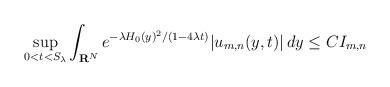
LaTeX: \begin{align*}\sup_{0< t <S_\lambda}\int_{{\bf R}^N}e^{-\lambda H_0(y)^2/(1-4\lambda t )}|u_{m,n}(y, t )|\,dy\le C I_{m,n}\end{align*}